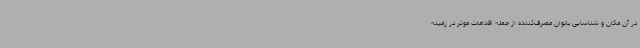
در آن مکان و شناسایی بانوان مصرف‌کننده از جمله اقدامات موثر در زمینه